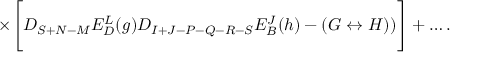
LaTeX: \times \Biggl [ D _ { S + N - M } E _ { D } ^ { L } ( g ) D _ { I + J - P - Q - R - S } E _ { B } ^ { J } ( h ) - ( G \leftrightarrow H ) ) \Biggr ] + \ldots .